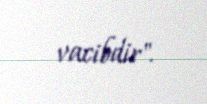
vacibdir".